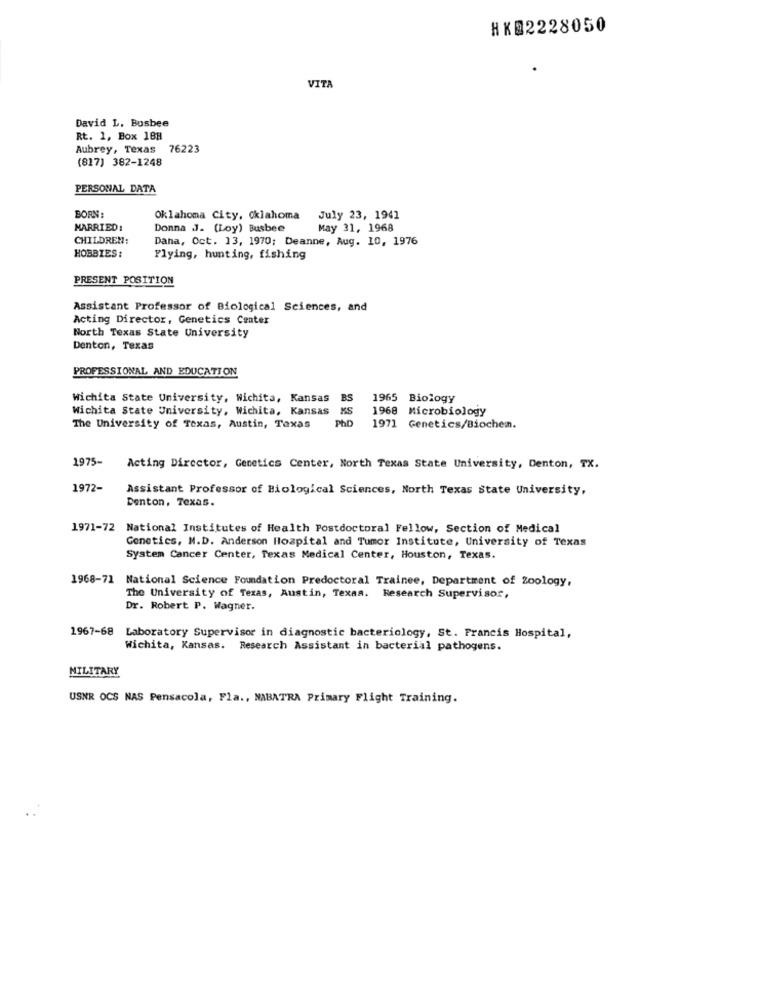
HK@2228050
VITA
David L. Busbee
Rt. 1, Box 18H
Aubrey, Texas 76223
(817) 382-1248
PERSONAL DATA
BORN:
Oklahoma City, Oklahoma
July 23, 1941
MARRIED:
Donna J. (Loy) Busbee
May 31, 1968
CHILDREN:
Dana, Oct. 13, 1970; Deanne, Aug. 10, 1976
HOBBIES:
Flying, hunting, fishing
PRESENT POSITION
Assistant Professor of Biological Sciences, and
Acting Director, Genetics Center
North Texas State University
Denton, Texas
PROFESSIONAL AND EDUCATION
wichita State University, Wichita, Kansas BS
1965 Biology
Wichita State University, Wichita, Kansas
KS
1968 Microbiology
POD
The University of Texas, Austin, Texas
1971 Genetics/Biochen.
1975-
Acting Director, Genetics Center, North Texas State University, Denton, TX.
1972-
Assistant Professor of Biological Sciences, North Texas state University,
Denton, Texas.
1971-72 National Institutes of Health Postdoctoral Fellow, Section of Medical
Genetics, M.D. Anderson Hospital and Tumor Institute, University of Texas
System Cancer Center, Texas Medical Center, Houston, Texas.
1968-71
National Science Foundation Predoctoral Trainee, Department of Zoology,
The University of Texas, Austin, Texas. Research Supervisor,
Dr. Robert P. Wagner.
1967-68 Laboratory Supervisor in diagnostic bacteriology, St. Francis Hospital,
Wichita, Kansas. Research Assistant in bacterial pathogens.
MILITARY
USNR OCS NAS Pensacola, Fla ., NABATRA Primary Flight Training.